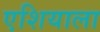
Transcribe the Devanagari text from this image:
एशियाला